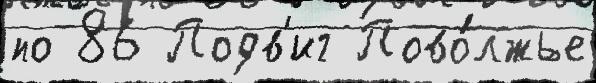
по 86 Подв'иг Пово́лжье